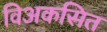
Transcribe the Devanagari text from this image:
विअकसित